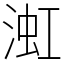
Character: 渱